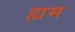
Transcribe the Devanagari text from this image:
ह्मम